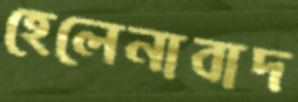
হেলেনাবাদ